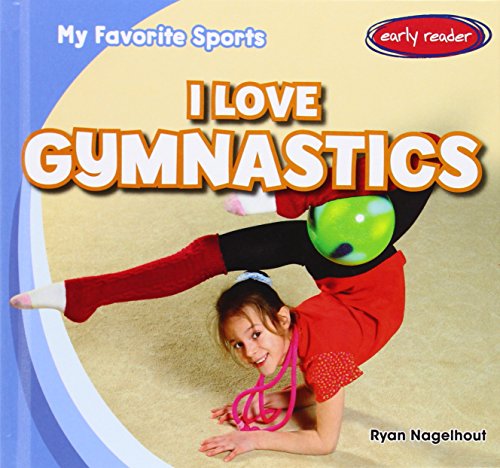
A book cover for I Love Gymnastics (My Favorite Sports); Ryan Nagelhout; Children's Books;